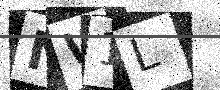
Text: NW1L